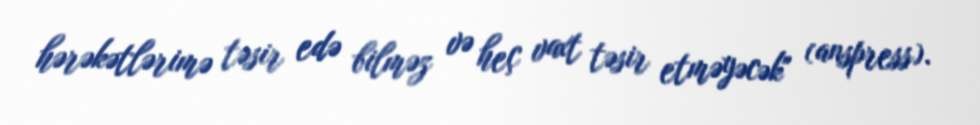
hərəkətlərimə təsir edə bilməz və heç vaxt təsir etməyəcək" (anspress).